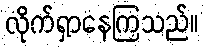
လိုက်ရှာနေကြသည်။